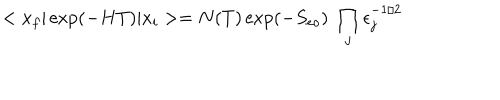
< x _ { f } \vert \exp ( - H T ) \vert x _ { i } > = N ( T ) \exp ( - S _ { e o } ) \ \prod _ { j } \epsilon _ { j } ^ { - 1 / 2 }